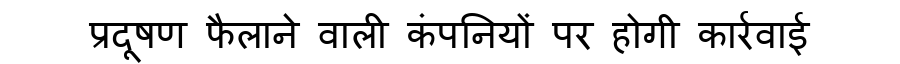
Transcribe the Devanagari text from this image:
प्रदूषण फैलाने वाली कंपनियों पर होगी कार्रवाई